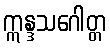
ဣန္ဒသဂေါတ္တ